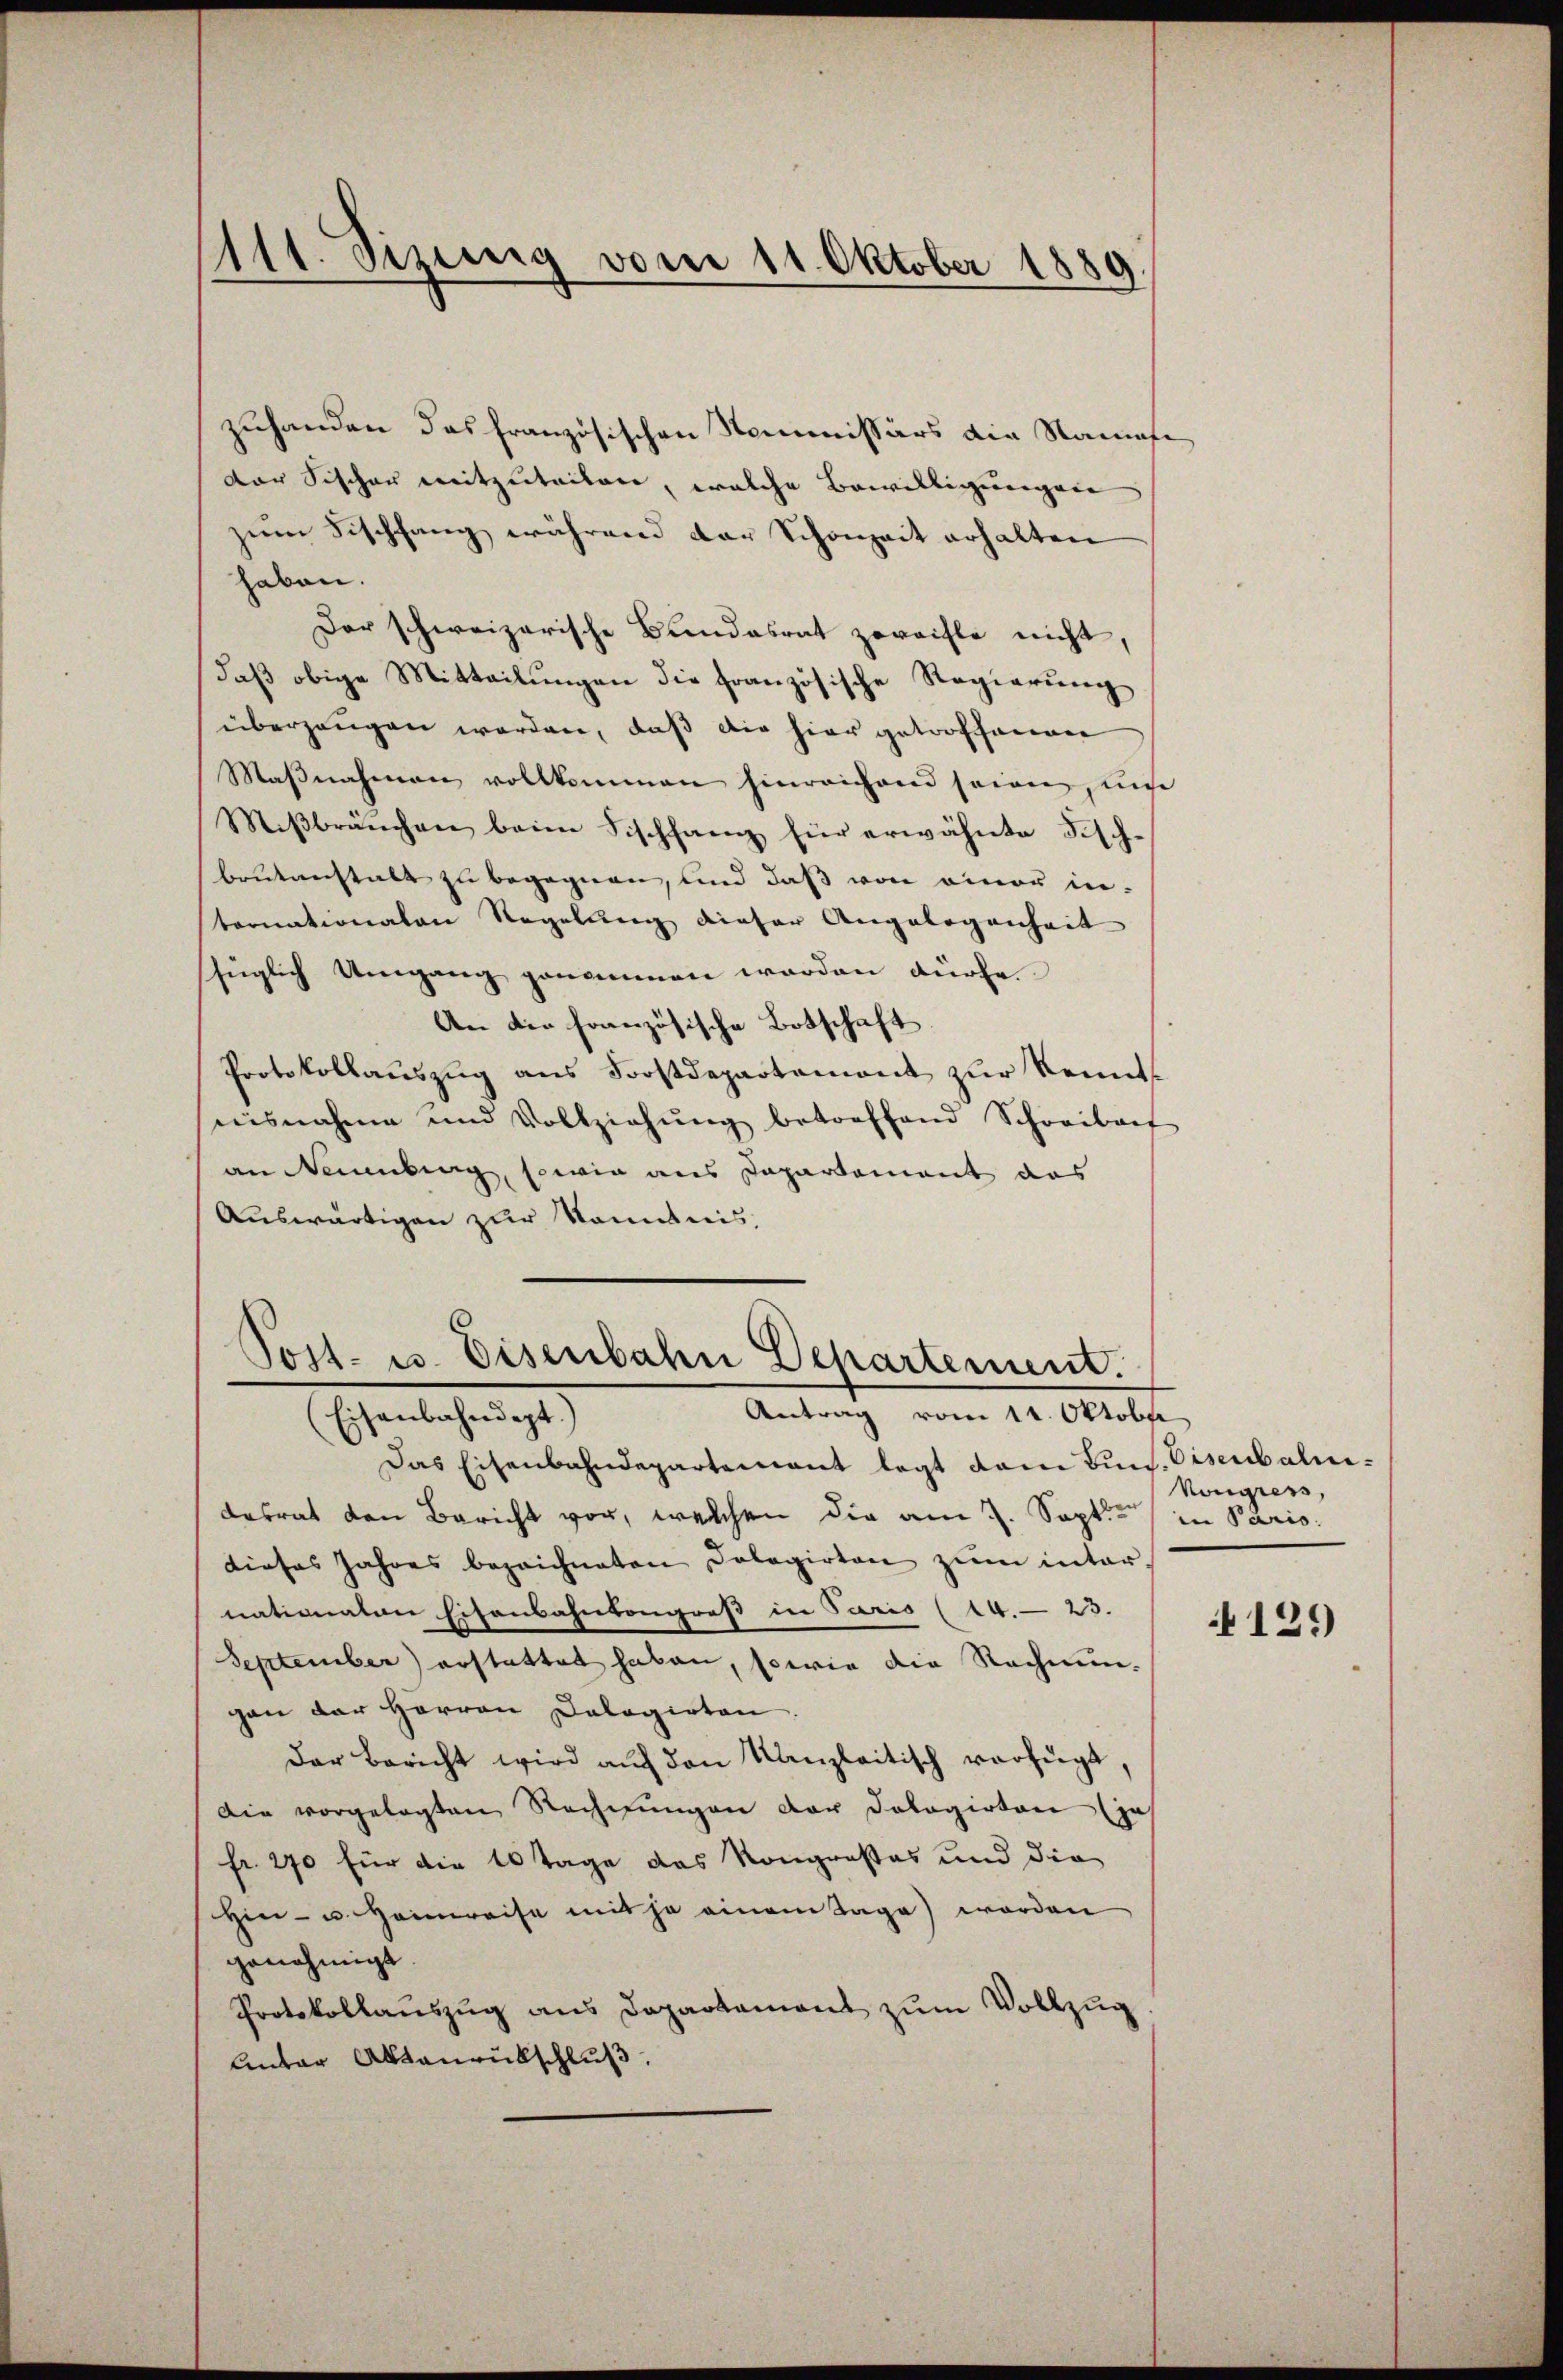
zuhanden das französischen Kommissärs die Namese
der Fischer mitzuteilen, welche Bewilligungen
zum Fischfang während der Schönheit erhalten
haben.
Der schweizerische Bundesrat zweifle nicht,
daβ obige Mitteilŭngen die französische Regierung
überzeugen werden, daß die hier getroffenen
Maβnahmen vollkommen hinreichend seien, ŭm
Miβbraŭchen beim Fischfang für erwähnte Fisch-
brutanstalt zu begegnen, und daß von einer in-
tornationalen Regelung dieser Angelegenheit
füglich Umgang genommen werden dürfe.
An die französische Botschaft
Protokollauszug aus Forstdepartement zur Kennt
nisnahme und Vollziehŭng betreffend Schreibert
an Neuenburg, sowie aus Departement das
Auswärtigen zur Kenntnis,

1111. Sizung vom 11. Oktober 1889.

Tost- u. Eisenbahn Departement.
Antrag vom 14. Oktober
(Eisenbahndept.)

Das Eisenbahndepartement legt dann Buch. Disenbalnidesrat den Bericht vor, welchen die am 7. Sept. in Paris
dieses Jahres bezeichneten Dolagirten zum inter
nationaten Eisenbahnkongreß in Paris (14. 23.
September) erstattet haben, sowie die Rechnungan der Herren Calagirten.
Der Bericht wird auf den Kanzleitisch verfügt,
Die vorgelegten Rechnŭngen der Dologirten (je
fr. 270 für die 10 Tage das Kongroßes und die
Hin- u. Heimreise mit ja einem Tage) worden
genehmigt.
Protokollaŭszŭg ans Departement zŭm Vollzŭg
Antar Altanrückschluß.

Kongress

129